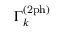
\Gamma _ { \boldsymbol { k } } ^ { ( \mathrm { 2 p h } ) }